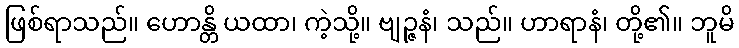
ဖြစ်ရာသည်။ ဟောန္တိ ယထာ၊ ကဲ့သို့။ ဗျဉ္ဇနံ၊ သည်။ ဟာရာနံ၊ တို့၏။ ဘူမိ